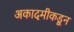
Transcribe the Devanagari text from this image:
अकादमीकडून